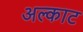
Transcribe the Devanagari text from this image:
अल्काट